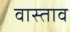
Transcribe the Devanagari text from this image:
वास्ताव